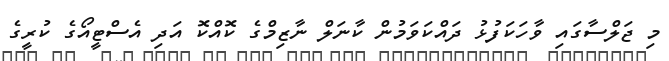
މި ޖަލްސާގައި ވާހަކަފުޅު ދައްކަވަމުން ކާނަލް ނާޒިމްގެ ކޮއްކޮ އަދި އެސްޓީއޯގެ ކުރީގެ